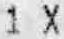
1 X